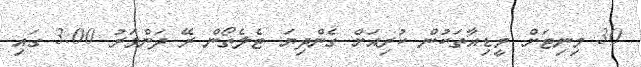
30 މިނިޓަށް މީޑިއާތަކުން ކުރިއަށް ގެންދިޔަ ޓެލެތޯން ރޭ ދަންވަރު 3:00 ގައި